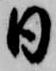
日